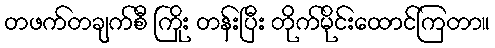
တဖက်တချက်စီ ကြိုး တန်းပြီး တိုက်မိုင်းထောင်ကြတာ။